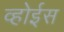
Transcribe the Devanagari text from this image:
व्होईस